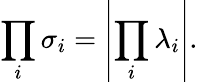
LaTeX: {\prod_{i}\sigma_{i}}=\left|{\prod_{i}\lambda_{i}}\right|.